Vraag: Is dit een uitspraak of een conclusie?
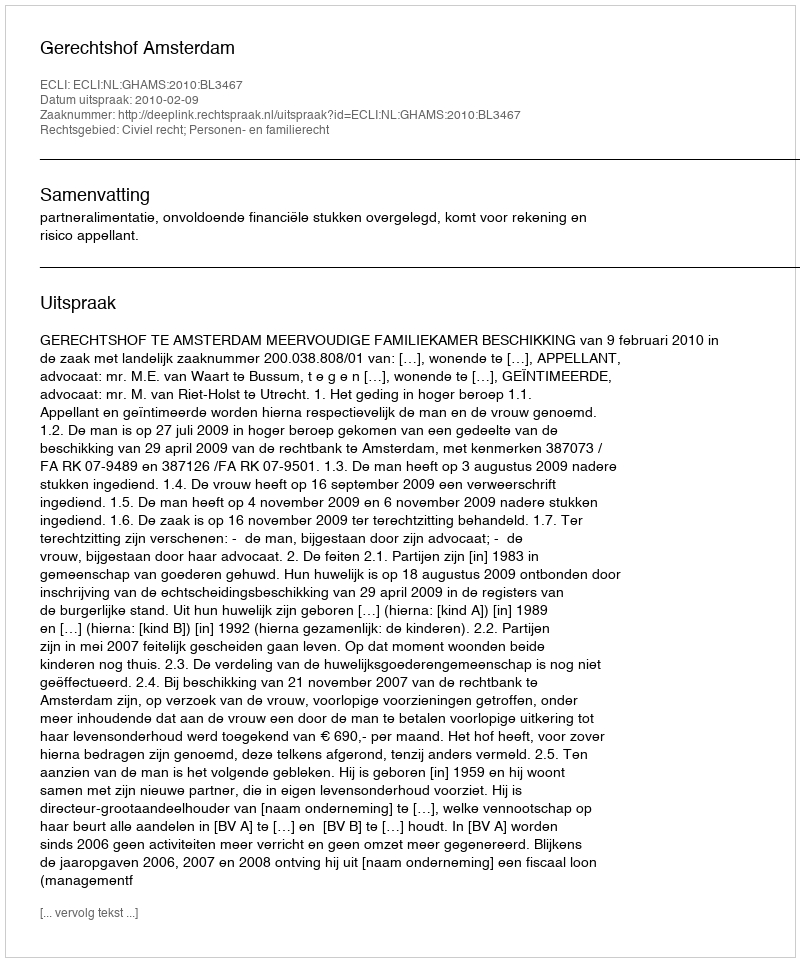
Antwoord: Uitspraak